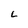
Character: L